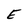
Character: E